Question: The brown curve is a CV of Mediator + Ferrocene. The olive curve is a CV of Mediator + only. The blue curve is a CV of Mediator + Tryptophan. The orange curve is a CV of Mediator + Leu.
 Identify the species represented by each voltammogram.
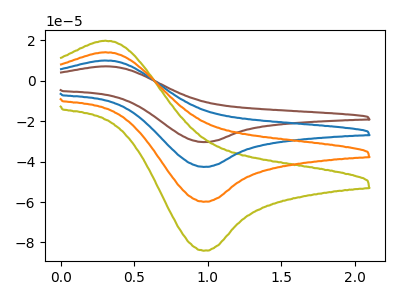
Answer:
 <answer>The brown curve is labeled "Mediator + Ferrocene". The olive curve is labeled "Mediator + only". The blue curve is labeled "Mediator + Tryptophan". The orange curve is labeled "Mediator + Leu".</answer>
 <eval></eval>